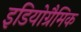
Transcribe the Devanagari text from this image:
इडियोग्रैमिक